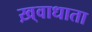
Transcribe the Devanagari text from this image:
ख़्वाधाता